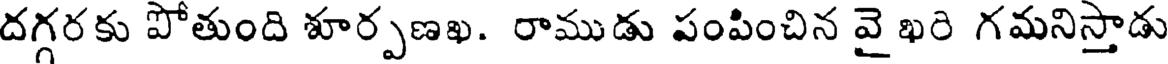
దగ్గరకు పోతుంది శూర్పణఖ. రాముడు పంపించిన వై ఖరి గమనిస్తాడు